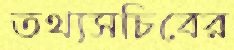
তথ্যসচিবের